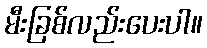
မီးခြစ်လည်းပေးပါ။